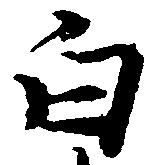
白